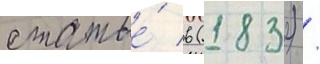
статье́ в (1832) /